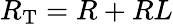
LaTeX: R_{\mathrm{T}}=R+RL